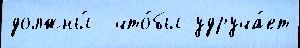
должны́  что́бы удруча́ет